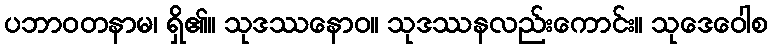
ပဘာဝတနာမ၊ ရှိ၏။ သုဒဿနောဝ။ သုဒဿနလည်းကောင်း။ သုဒေဝေါစ